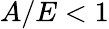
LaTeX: A/E<1